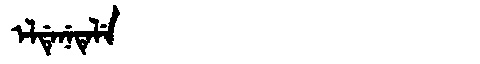
Manchu: ᡝᠯᡩᡝᠨᡝᡨᡝᠯᡝ
Romanization: ELDENETELE